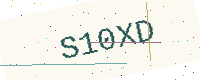
Text: S10XD